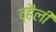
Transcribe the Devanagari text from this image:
व्हैली